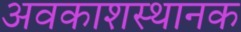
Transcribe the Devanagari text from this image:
अवकाशस्थानक